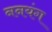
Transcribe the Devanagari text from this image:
ननयंग